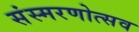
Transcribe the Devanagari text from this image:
संस्मरणोत्सव